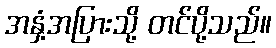
အနှံ့အပြားသို့ တင်ပို့သည်။